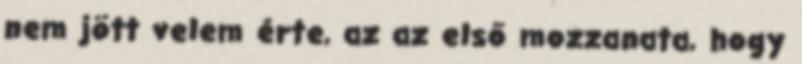
nem jött velem érte, az az első mozzanata, hogy